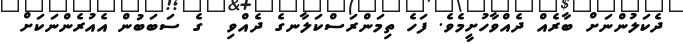
ދެކަލުންނަށް ބާރެއް ދެއްވާހުށީމެވެ. ފަހެ ތިމަންރަސްކަލާނގެ ދެއްވި  ގެ ސަބަބުން އެއުރެންނަކަށް